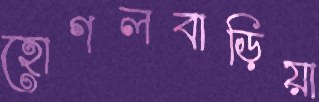
হোগলবাড়িয়া